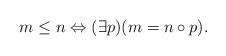
LaTeX: \begin{align*} m \leq n \Leftrightarrow (\exists p)(m = n\circ p).\end{align*}